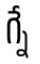
గ్నే